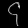
Digit: ၄